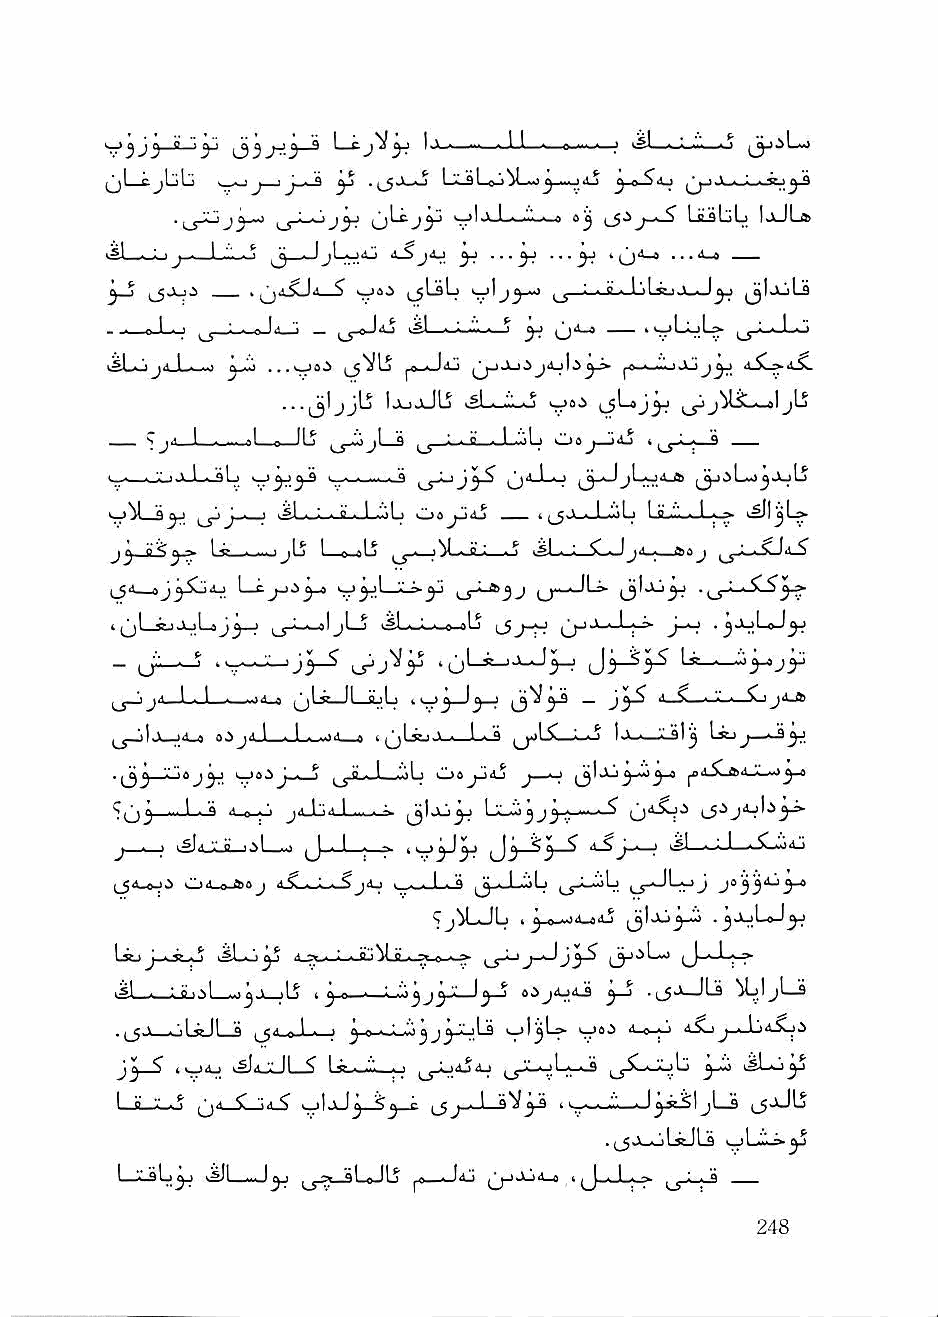
° "y' J)^ J      I    . 1 1 n ^...■■_ I i#l —•^"«-i'ii—o
 jjLcjLjLj '—^J ' y    1jL3 LqJi ^Lmj ^-i>-5<u .V-i-i-'.v; j-fl
 ^l-ojy      i.;,j|.ivJ-w'i".,.'-» 0^ LiLaljL [jkJLifc
 ^ ■ I j! . iri'i ii_Sj4j ^ ''' y^ ' Cj'^ ... i-4
 ^_5 ^JJU.S .^aSUa ^ >rJ®'5 ijl-sL? (_5 ' »' 1'il-gJ.A-«J^j jjlljakjjLLaa
 -  c-L-j -'■ ■ iJ<i_j _ (j-sJaj ksl— ^
 i5L»jj4_L«—»        i-o-Jij       ^o.i-i'.'i-iJlj
 ...jjljjlj IjujJLj               jLj
 >_1S |__I<U
 . . - ' "i.' ' 1 • ^ ^ .a         j1-a*j4J6
 >,^^1 S yj i^'j' ' '^1 ■ ' - ° - 1 "l ' Oa jJaS — t ,_$J-|-L.'|>1-J Lb-.m-.-I.;-^
 jj     Ls5_»—jjLj I c.oU  o i#l . ^ ^ Jjii ■ fsa j
 ij-j oJ^XjAj   >^yL-'.Lr.^
 i(jL_stjAjLaJ^_j ^_j-I_^IjLj vSL-L-we-aLa .^OjLoJ^
 -                                     U ■
 ^ "■ j' I I ■.* - ^Lr-JI—suL) - ■ '^ Ij _ jy^ l^—*>—■ '■' ■—^jist
 aJj4Jl_._L.^i1 a iqL^Jl-^—LJ |^LSL_1-o la__;L9l^ Lsjj—
 I J—jd—1 a^
 .^yy-jZajyj 'vr'o.i l__jjLwL_CoL kll>aj_)4j j—^
 LX-^ j --i^
 J - ■ .^Ij •• Ci" I si . - ^ ■ I - ~ *^3 ^ d-^J.'—,1 lSI—I-U—-X «.idli
 Od_ttJbaj     ■ .,. I . a ^^.,1 .oLj
 ■^jiLJL I id-adJ  . jJjLaJ^
 Uu    >sL>j^ d_^. Z . fc"^.fl.. ? a «■»
 _'_ T ^ j y-'— ^ ^ ^ » ^$»V J1^
 oL^JLS  Q I ■ ^ J Q ■ r ' j J j) ' ^ <1 0 I. *> 4.Sj j—Jlj 4ij li
 I ■77>did ^d^L5 Ly-.-n'.—O ,_^JL.oL_J9 j_y5L^Lj j-ia iSLkj^j
 l_j^V-o (j4_SLjd_^ . .1 > I3 ^ ^^_. 1 I   ,_5jJL5
 . i^j._<jiL>cJLs o Lii' 3J
 LjLsLj^j v^l —J^ sLeJLj ^0. ■ Idli ij-J J-jd_o I